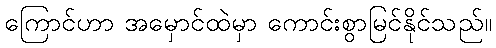
ကြောင်ဟာ အမှောင်ထဲမှာ ကောင်းစွာမြင်နိုင်သည်။